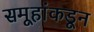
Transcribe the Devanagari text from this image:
समूहांकडून